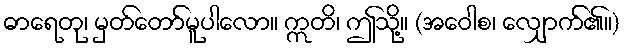
ဓာရေတု၊ မှတ်တော်မူပါလော။ ဣတိ၊ ဤသို့။ (အဝေါစ၊ လျှောက်၏။)